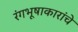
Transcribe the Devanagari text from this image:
रंगभूषाकारांचे